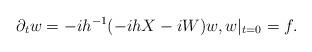
LaTeX: \begin{align*} \partial_tw=-ih^{-1}(-ihX-iW)w,w|_{t=0}=f.\end{align*}